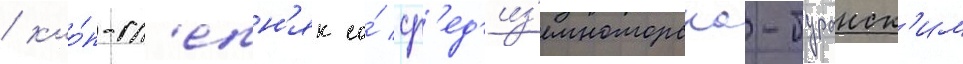
/ кло́п-сл'епн'як со́ ср'ед'из'емноморско-туранск'им